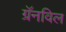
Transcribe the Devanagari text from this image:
ग्रॅनविल